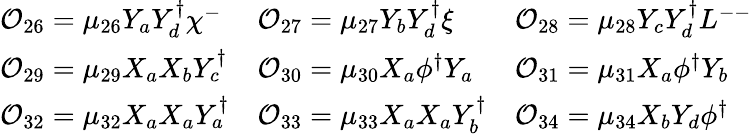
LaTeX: \begin{array}{lll}{{{\cal O}_{26}=\mu_{26}Y_{a}Y_{d}^{\dagger}{\chi^{-}}}}&{{{\cal O}_{27}=\mu_{27}Y_{b}Y_{d}^{\dagger}{\xi}}}&{{{\cal O}_{28}=\mu_{28}Y_{c}Y_{d}^{\dagger}L^{--}}}\\ {{{\cal O}_{29}=\mu_{29}X_{a}X_{b}Y_{c}^{\dagger}}}&{{{\cal O}_{30}=\mu_{30}X_{a}\phi^{\dagger}Y_{a}}}&{{{\cal O}_{31}=\mu_{31}X_{a}\phi^{\dagger}Y_{b}}}\\ {{{\cal O}_{32}=\mu_{32}X_{a}X_{a}Y_{a}^{\dagger}}}&{{{\cal O}_{33}=\mu_{33}X_{a}X_{a}Y_{b}^{\dagger}}}&{{{\cal O}_{34}=\mu_{34}X_{b}Y_{d}\phi^{\dagger}}}\end{array}